Trukikaitis_Postimees, lk 22
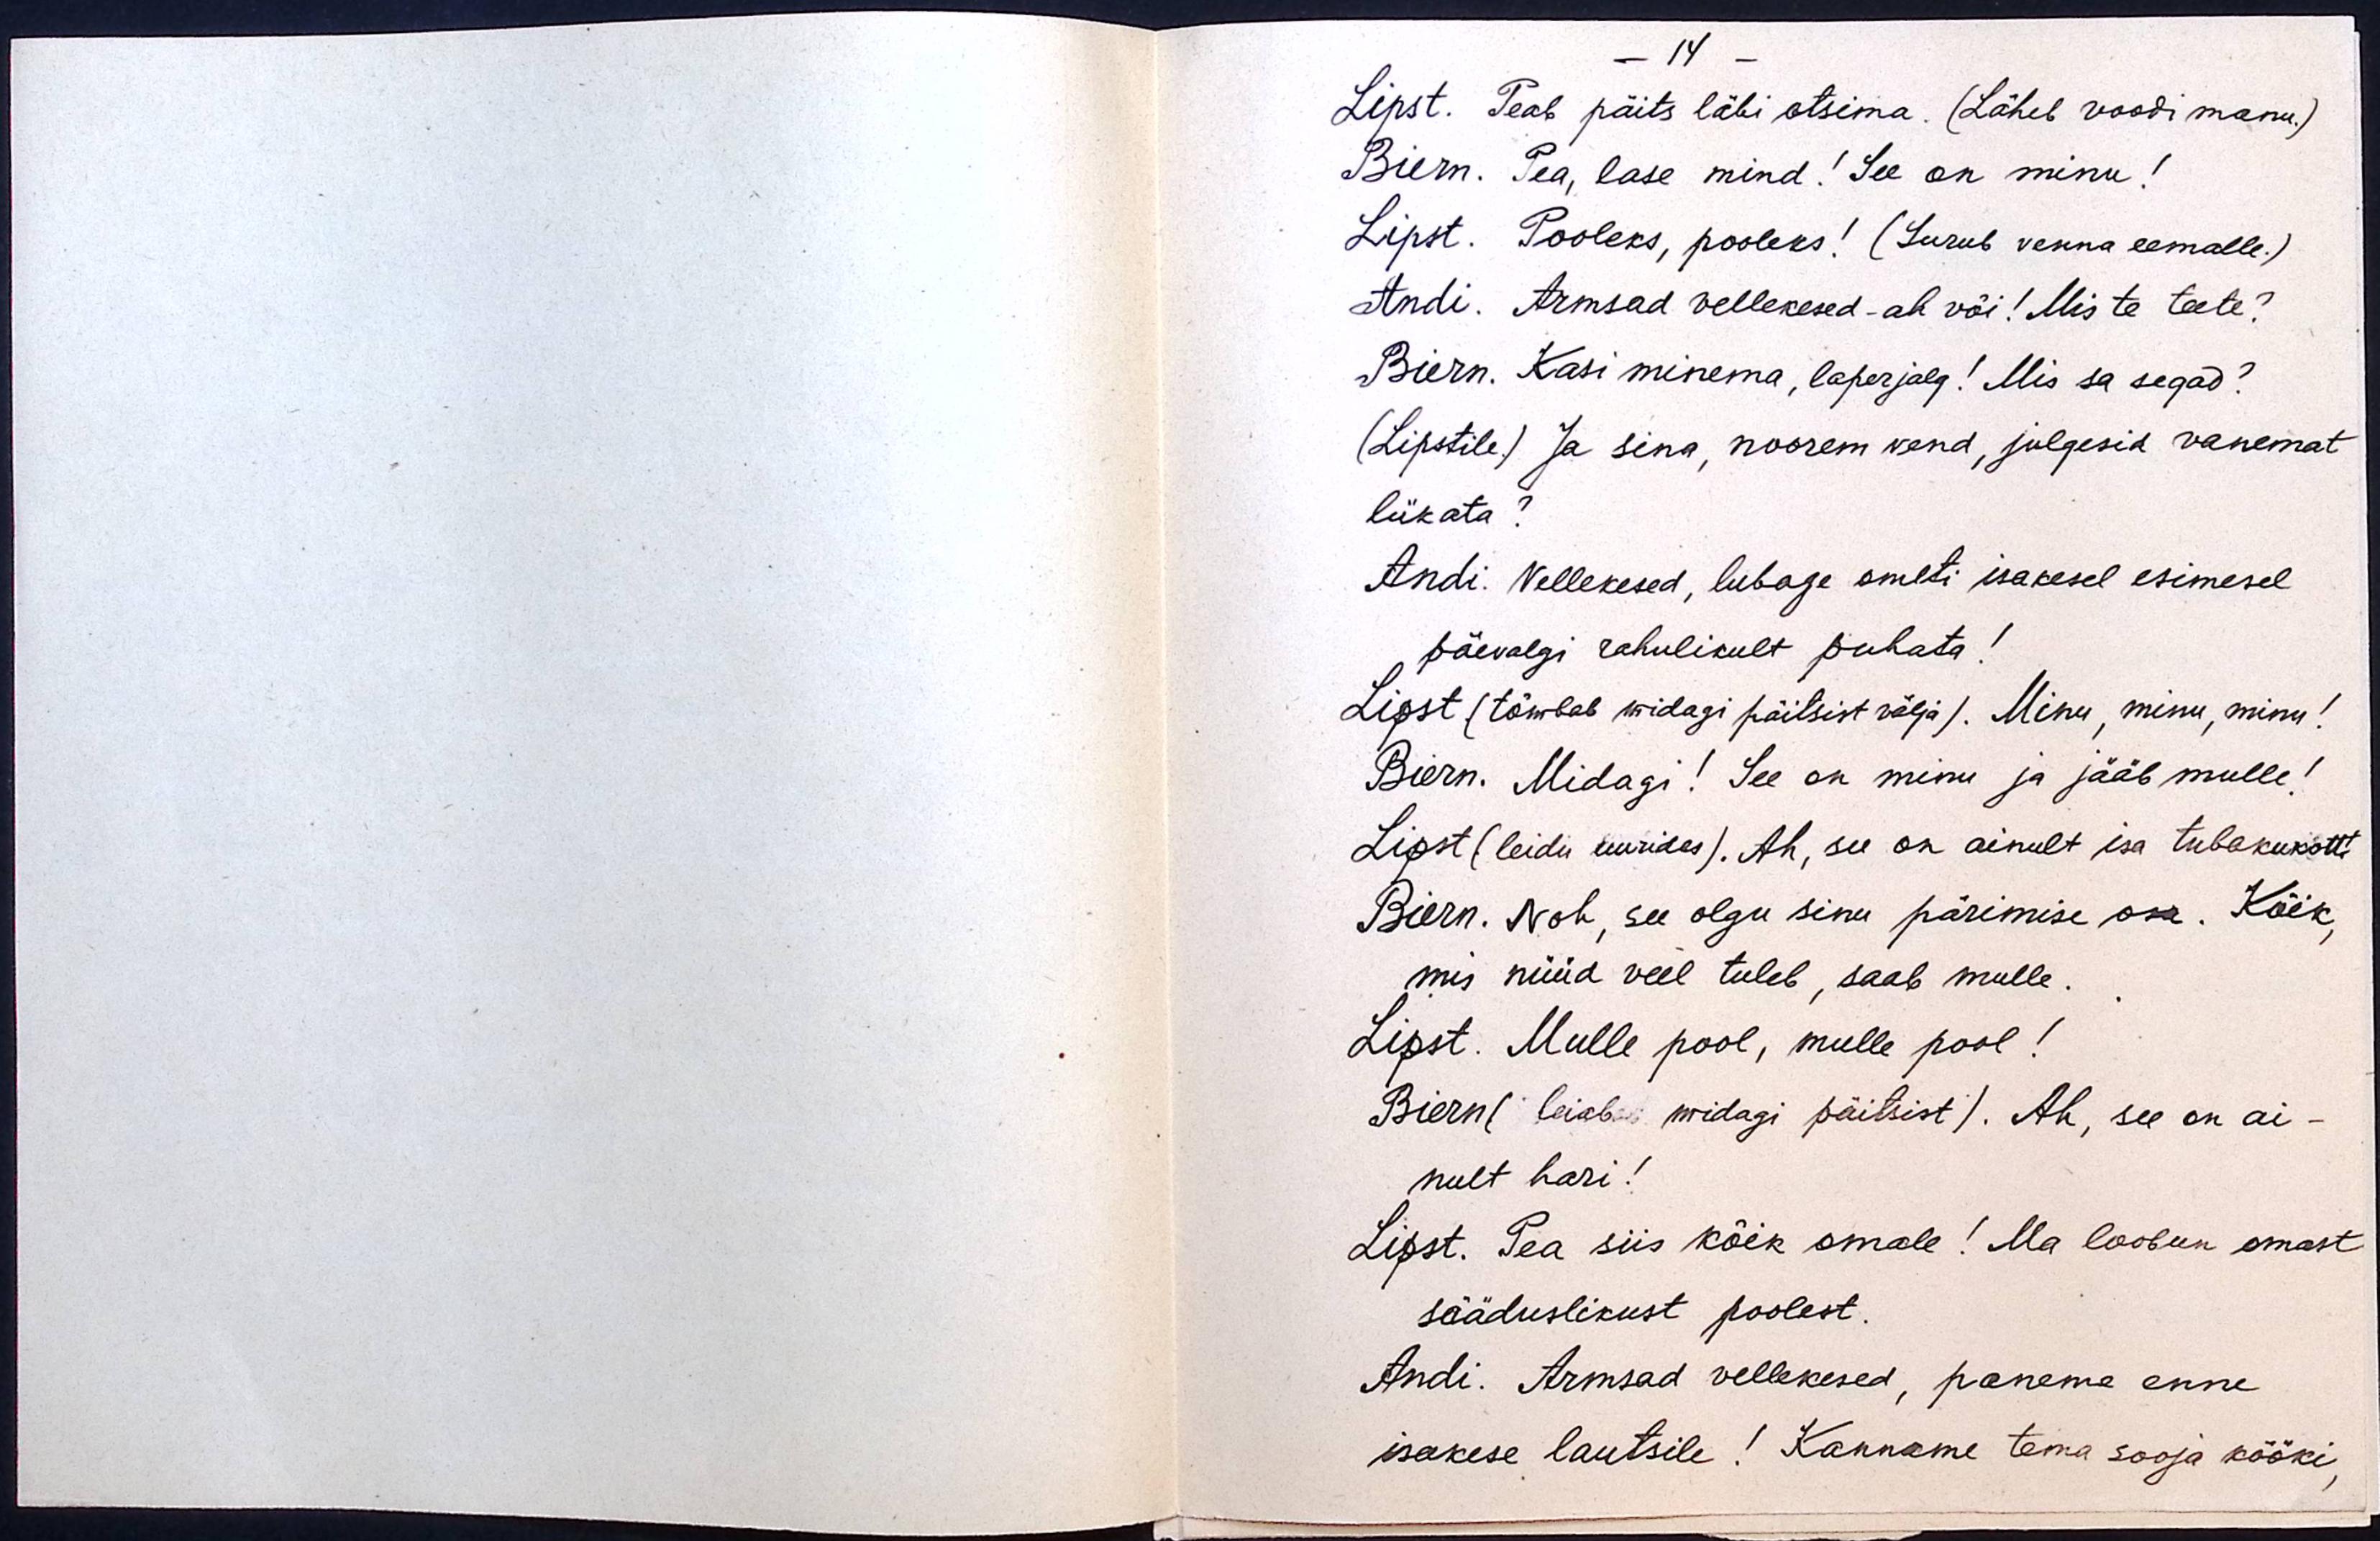
- 14 -
Lipst. Peab päits läbi otsima. (Läheb voodi manu.)
Biern. Pea, lase mind! See on minu!
Lipst. Pooleks, pooleks! (Surub venna eemalle.)
Andi. Armsad vellekesed - ah või! Mis te teete?
Biern. Kasi minema, laperjalg! Mis sa segad?
(Lipstile.) Ja sina, noorem vend, julgesid vanemat
lükata?
Andi. Vellekesed, lubage ometi isakesel esimesel
päevalgi rahulikult puhata!
Lipst (tõmbab midagi päitsist välja). Minu, minu, minu!
Biern. Midagi! See on minu ja jääb mulle!
Lipst (leidu uurides). Ah, see on ainult isa tubakukott!
Biern. Noh, see olgu sinu pärimise osa. Kõik,
mis nüüd veel tuleb, saab mulle.
Lipst. Mulle pool, mulle pool!
Biern (leiab midagi päitsist). Ah, see on ai-
nult hari!
Lipst. Pea siis kõik omale! Ma loobun omast
sääduslikust poolest.
Andi. Armsad vellekesed, paneme enne
isakese lautsile! Kanname tema sooja kööki,